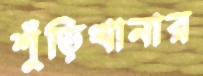
শুঁড়িখানার